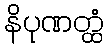
နိပုဏတ္ထံ